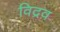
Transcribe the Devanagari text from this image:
विद्रव